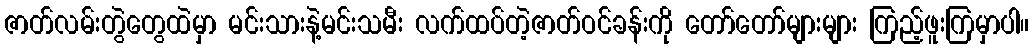
ဇာတ်လမ်းတွဲတွေထဲမှာ မင်းသားနဲ့မင်းသမီး လက်ထပ်တဲ့ဇာတ်ဝင်ခန်းကို တော်တော်များများ ကြည့်ဖူးကြမှာပါ။